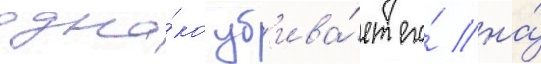
одна́ко уб'ива́ет его́ на́